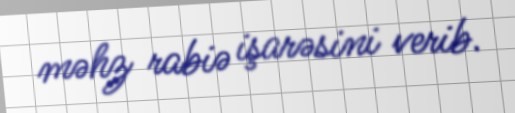
məhz rabiə işarəsini verib.